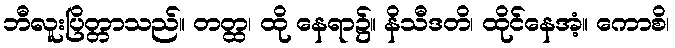
ဘီလူးပြိတ္တာသည်။ တတ္ထ၊ ထို နေရာ၌။ နိသီဒတိ၊ ထိုင်နေအံ့။ ကောစိ၊